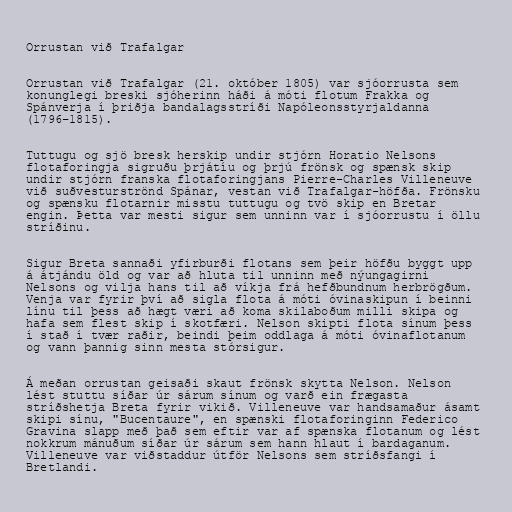
Orrustan við Trafalgar

Orrustan við Trafalgar (21. október 1805) var sjóorrusta sem
konunglegi breski sjóherinn háði á móti flotum Frakka og
Spánverja í þriðja bandalagsstríði Napóleonsstyrjaldanna
(1796–1815).

Tuttugu og sjö bresk herskip undir stjórn Horatio Nelsons
flotaforingja sigruðu þrjátíu og þrjú frönsk og spænsk skip
undir stjórn franska flotaforingjans Pierre-Charles Villeneuve
við suðvesturströnd Spánar, vestan við Trafalgar-höfða. Frönsku
og spænsku flotarnir misstu tuttugu og tvö skip en Bretar
engin. Þetta var mesti sigur sem unninn var í sjóorrustu í öllu
stríðinu.

Sigur Breta sannaði yfirburði flotans sem þeir höfðu byggt upp
á átjándu öld og var að hluta til unninn með nýungagirni
Nelsons og vilja hans til að víkja frá hefðbundnum herbrögðum.
Venja var fyrir því að sigla flota á móti óvinaskipun í beinni
línu til þess að hægt væri að koma skilaboðum milli skipa og
hafa sem flest skip í skotfæri. Nelson skipti flota sínum þess
í stað í tvær raðir, beindi þeim oddlaga á móti óvinaflotanum
og vann þannig sinn mesta stórsigur.

Á meðan orrustan geisaði skaut frönsk skytta Nelson. Nelson
lést stuttu síðar úr sárum sínum og varð ein frægasta
stríðshetja Breta fyrir vikið. Villeneuve var handsamaður ásamt
skipi sínu, "Bucentaure", en spænski flotaforinginn Federico
Gravina slapp með það sem eftir var af spænska flotanum og lést
nokkrum mánuðum síðar úr sárum sem hann hlaut í bardaganum.
Villeneuve var viðstaddur útför Nelsons sem stríðsfangi í
Bretlandi.